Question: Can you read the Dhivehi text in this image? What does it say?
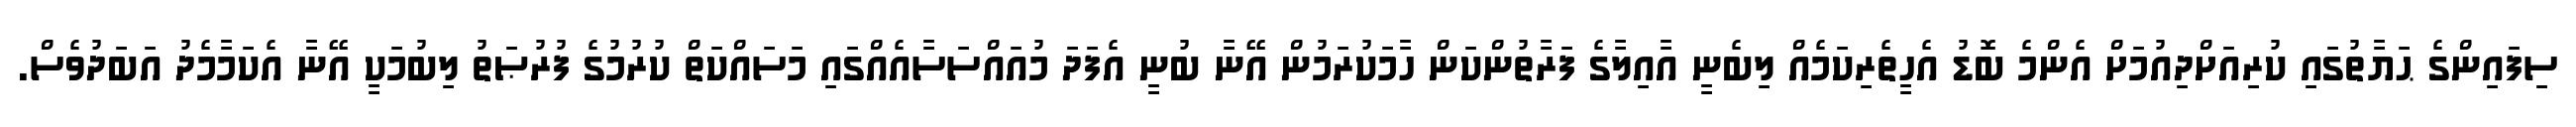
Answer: ސިފައިންގެ ޙަޔާތުގައި ކުރިއަށްދިއުމަށް އެންމެ ބޮޑު އެހީތެރިކަމެއް ލިބެނީ އާއިލާގެ ފަރާތުންކަން ހާމަކުރަމުން އޭނާ ބުނީ އެފަދަ މުއައްސަސާއެއްގައި މަސައްކަތް ކުރުމުގެ ފުރުޞަތު ލިބުމަކީ އޭނާ އެކަމާމެދު އަބަދުވެސް.